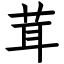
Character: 茸